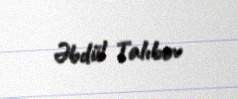
Əbdül Talıbov